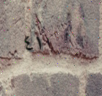
٤١